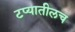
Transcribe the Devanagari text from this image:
टप्यातीलच